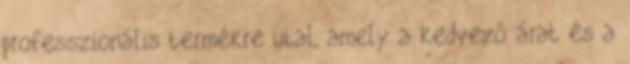
professzionális termékre utal, amely a kedvezô árat és a